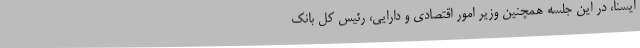
ایسنا، در این جلسه همچنین وزیر امور اقتصادی و دارایی، رئیس کل بانک